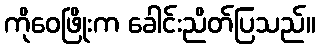
ကိုဝေဖြိုးက ခေါင်းညိတ်ပြသည်။